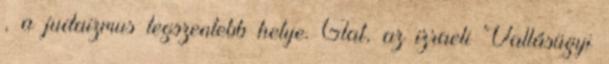
, a judaizmus legszentebb helye. Glat, az izraeli Vallásügyi